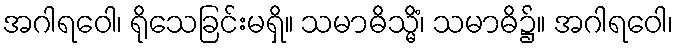
အဂါရဝေါ၊ ရိုသေခြင်းမရှိ။ သမာဓိသ္မိံ၊ သမာဓိ၌။ အဂါရဝေါ၊